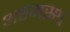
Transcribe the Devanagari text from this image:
अष्टमस्थ